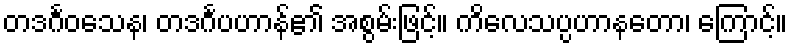
တဒင်္ဂဝသေန၊ တဒင်္ဂပဟာန်၏ အစွမ်းဖြင့်။ ကိလေသပ္ပဟာနတော၊ ကြောင့်။